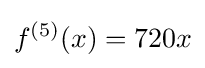
f^{(5)}(x)=720x